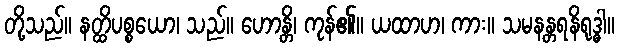
တို့သည်။ နတ္ထိပစ္စယော၊ သည်။ ဟောန္တိ၊ ကုန်၏။ ယထာဟ၊ ကား။ သမနန္တရနိရုဒ္ဓါ။